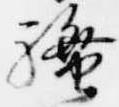
騒